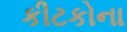
કીટકોના